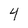
Character: 4